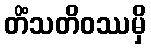
တိံသတိဝဿမှိ